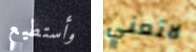
وأستطيع لاتعني